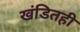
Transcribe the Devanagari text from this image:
खंडितही